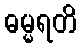
ဓမ္မရတိ